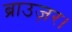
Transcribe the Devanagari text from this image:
ब्राउज़र।